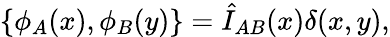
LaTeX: \{ \phi_{A}(x),\phi_{B}(y)\} =\hat{I}_{AB}(x)\delta(x,y),